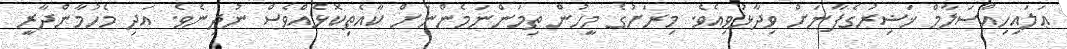
ޢަލައިހިއްސަލާމް ޚަޟިރުގެފާނަށް ވިދާޅުވިއެވެ. މިރަށުގެ މީހުން ތިމަންނަމެންނަށް ކާއެތިކޮޅެއްވެސް ނުދިނެވެ. އަދި މެހުމާންދާރީ